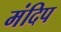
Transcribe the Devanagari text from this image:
मंदिप